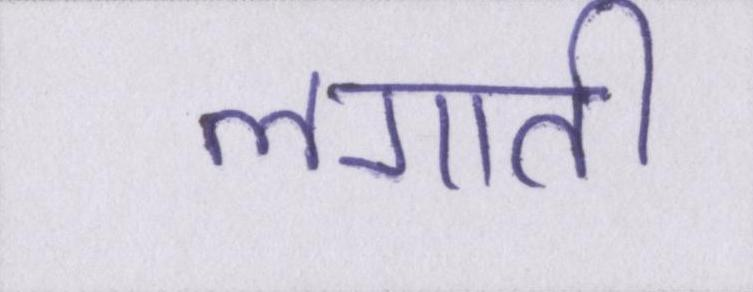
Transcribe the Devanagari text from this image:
लगाती